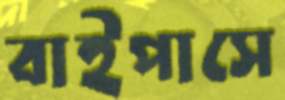
বাইপাসে